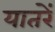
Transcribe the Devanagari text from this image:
यातरें